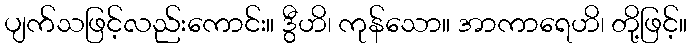
ပျက်သဖြင့်လည်းကောင်း။ ဒွီဟိ၊ ကုန်သော။ အာကာရေဟိ၊ တို့ဖြင့်။